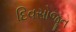
દિવસોજૂન